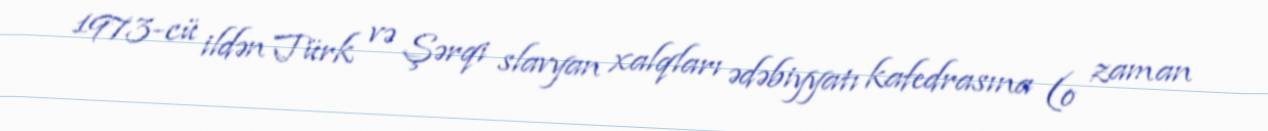
1973-cü ildən Türk və Şərqi slavyan xalqları ədəbiyyatı kafedrasına (o zaman